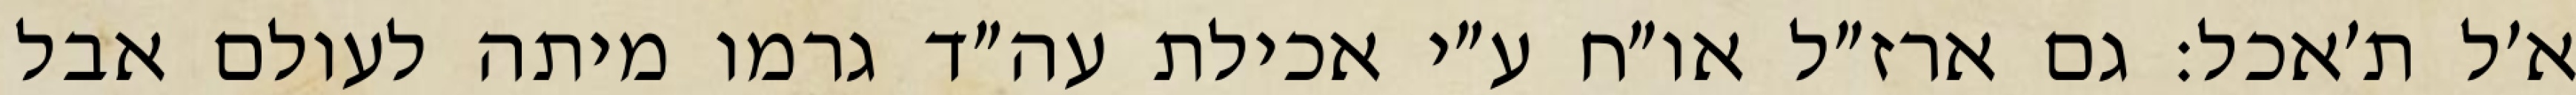
א׳ל ת׳אכל: גם ארז״ל או״ח ע״י אכילת עה״ד גרמו מיתה לעולם אבל